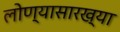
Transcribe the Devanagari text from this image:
लोण्यासारख्या